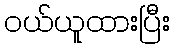
ဝယ်ယူထားပြီး